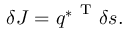
\delta J = { q ^ { * } } ^ { \mathrm { ~ T ~ } } \delta s .